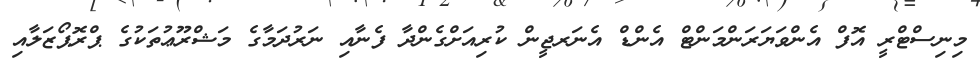
މިނިސްޓްރީ އޮފް އެންވަޔަރަންމަންޓް އެންޑް އެނަރޖީން ކުރިއަށްގެންދާ ފެނާއި ނަރުދަމާގެ މަޝްރޫޢުތަކުގެ ޕްރޮޕޯޒަލާއި